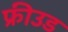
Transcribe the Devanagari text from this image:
फ्रीउड